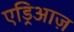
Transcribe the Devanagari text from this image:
एड्रिआज़